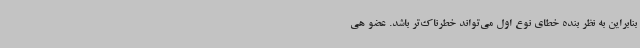
بنابراین به نظر بنده خطای نوع اول می‌تواند خطرناک‌تر باشد. عضو هی